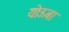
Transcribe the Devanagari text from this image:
योऊबा